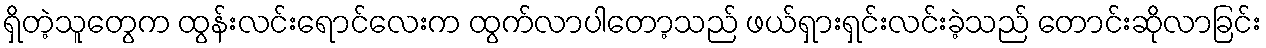
ရှိတဲ့သူတွေက ထွန်းလင်းရောင်လေးက ထွက်လာပါတော့သည် ဖယ်ရှားရှင်းလင်းခဲ့သည် တောင်းဆိုလာခြင်း